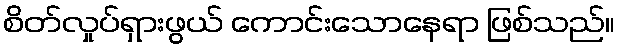
စိတ်လှုပ်ရှားဖွယ် ကောင်းသောနေရာ ဖြစ်သည်။